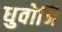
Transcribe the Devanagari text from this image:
धुवोनि